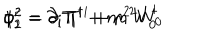
LaTeX: \phi _ { 1 } ^ { 2 } = \partial _ { i } \Pi ^ { i } + m ^ { 2 } W _ { 0 } ^ { \dagger } \hspace { 1 . 2 c m } \phi _ { 2 } ^ { 2 } = \partial _ { i } \Pi ^ { \dagger i } + m ^ { 2 } W _ { 0 } \,